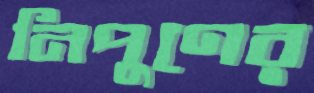
নিপুণের